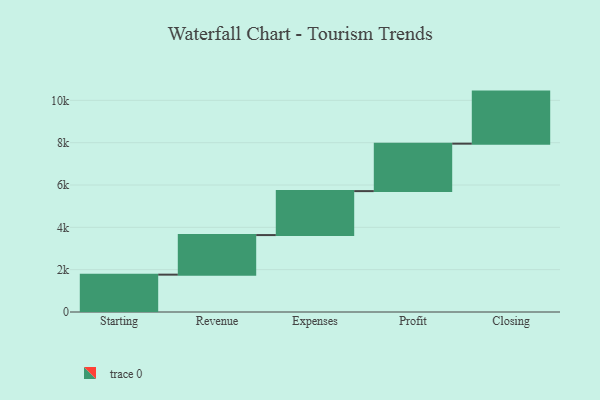
{"axis": {"x": "Step", "y": "Value"}, "legend": [""], "data": [{"x": "Starting", "y": 1765.0, "type": ""}, {"x": "Revenue", "y": 1870.0, "type": ""}, {"x": "Expenses", "y": 2077.0, "type": ""}, {"x": "Profit", "y": 2242.0, "type": ""}, {"x": "Closing", "y": 2460.0, "type": ""}]}